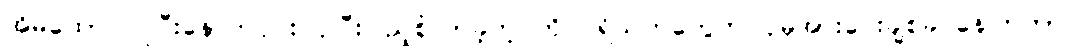
အိမ်ထောင်ပြုပြီးနောက်ပိုင်း ပိုပြီးပြည့်စုံလာခဲ့တဲ့ ကို ပရိသတ်တွေက ပိုမိုအားပေးချစ်ခင်နေကြတာပဲ